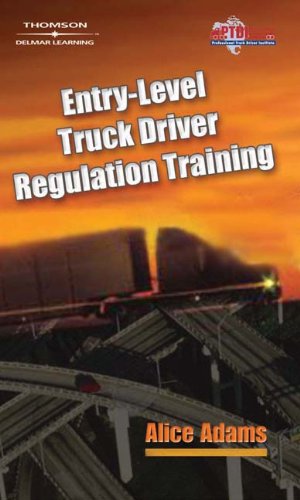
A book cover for Entry-Level Truck Driver Regulation Training; Alice Adams; Test Preparation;